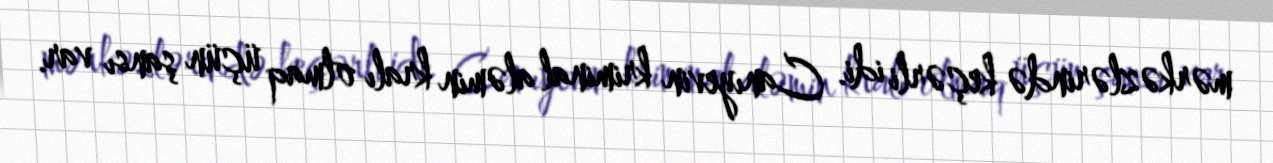
mərkəzlərində keçərli idi. Canıyevin kriminal aləmin kralı olmaq üçün şansı var.